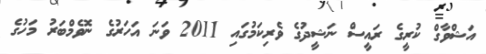
އަޝްވާގް ކުރީގެ ރައީސް ނަޝީދުގެ ވެރިކަމުގައި 2011 ވަނަ އަހަރުގެ ނޮވެމްބަރު މަހުގެ